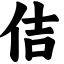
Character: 佶